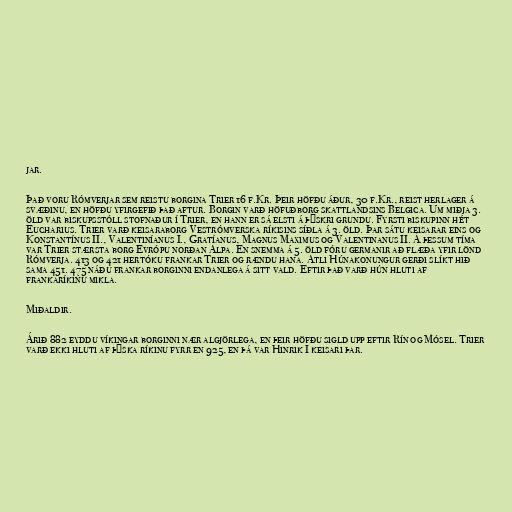
jar.

Það voru Rómverjar sem reistu borgina Trier 16 f.Kr. Þeir höfðu áður, 30 f.Kr., reist herlager á
svæðinu, en höfðu yfirgefið það aftur. Borgin varð höfuðborg skattlandsins Belgica. Um miðja 3.
öld var biskupsstóll stofnaður í Trier, en hann er sá elsti á þýskri grundu. Fyrsti biskupinn hét
Eucharius. Trier varð keisaraborg Vestrómverska ríkisins síðla á 3. öld. Þar sátu keisarar eins og
Konstantínus II., Valentiníanus I., Gratíanus, Magnus Maximus og Valentinanus II. Á þessum tíma
var Trier stærsta borg Evrópu norðan Alpa. En snemma á 5. öld fóru germanir að flæða yfir lönd
Rómverja. 413 og 421 hertóku frankar Trier og rændu hana. Atli Húnakonungur gerði slíkt hið
sama 451. 475 náðu frankar borginni endanlega á sitt vald. Eftir það varð hún hluti af
frankaríkinu mikla.

Miðaldir.

Árið 882 eyddu víkingar borginni nær algjörlega, en þeir höfðu sigld upp eftir Rín og Mósel. Trier
varð ekki hluti af þýska ríkinu fyrr en 925, en þá var Hinrik I keisari þar.